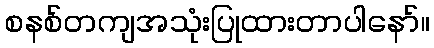
စနစ်တကျအသုံးပြုထားတာပါနော်။